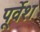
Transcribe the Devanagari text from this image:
पूर्वेश